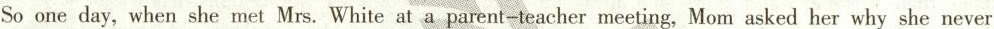
So one day, when she met Mrs. White at a parent-teacher meeting, Mom asked her why she never